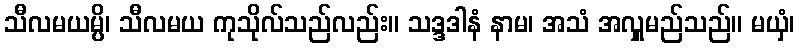
သီလမယမ္ပိ၊ သီလမယ ကုသိုလ်သည်လည်း။ သဒ္ဒဒါနံ နာမ၊ အသံ အလှူမည်သည်။ မယှံ၊